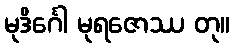
မုဒိင်္ဂေါ မုရဇောဿ တု။